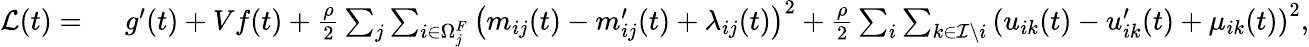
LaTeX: \begin{array}{rl}{\mathcal{L}(t)=~}&{g^{\prime}(t)+Vf(t)+\frac{\rho}{2}\sum_{j}\sum_{i\in\Omega_{j}^{F}}\left(m_{ij}(t)-m_{ij}^{\prime}(t)+\lambda_{ij}(t)\right)^{2}+\frac{\rho}{2}\sum_{i}\sum_{k\in\mathcal{I}\backslash i}\left(u_{ik}(t)-u_{ik}^{\prime}(t)+\mu_{ik}(t)\right)^{2},}\end{array}